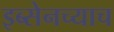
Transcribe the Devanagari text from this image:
इब्सेनच्याच